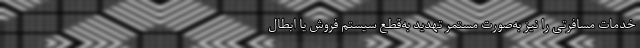
خدمات مسافرتی را نیز به‌صورت مستمر تهدید به‌قطع سیستم فروش یا ابطال